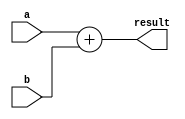
`timescale 1ps/1ps
module Adder(
  a, 
  b,
  result
  );

  input [31:0] a; 
  input [31:0] b; 
  
  output [31:0] result;

  assign result = a + b;

endmodule